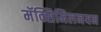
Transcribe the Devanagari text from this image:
मॅक्सिमिलनयन